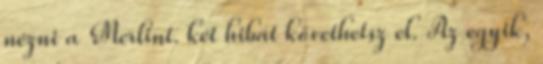
nézni a Merlint. két hibát követhetsz el. Az egyik,